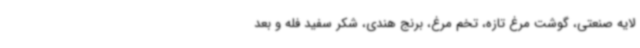
لایه صنعتی، گوشت مرغ تازه، تخم مرغ، برنج هندی، شکر سفید فله و بعد